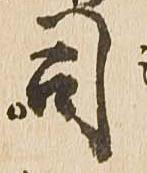
司